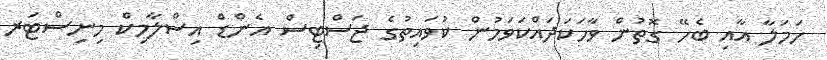
ހަމަލާ އާއި ބެހޭ ގޮތުން ވާހަކަދައްކަވަމުން ކުވައިތުގެ ޖަސްޓިސް އެންޑް އިސްލާމިކް މިނިސްޓަރ